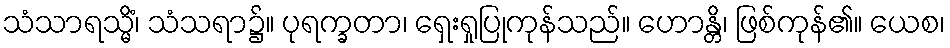
သံသာရသ္မိံ၊ သံသရာ၌။ ပုရက္ခတာ၊ ရှေးရှုပြုကုန်သည်။ ဟောန္တိ၊ ဖြစ်ကုန်၏။ ယေစ၊